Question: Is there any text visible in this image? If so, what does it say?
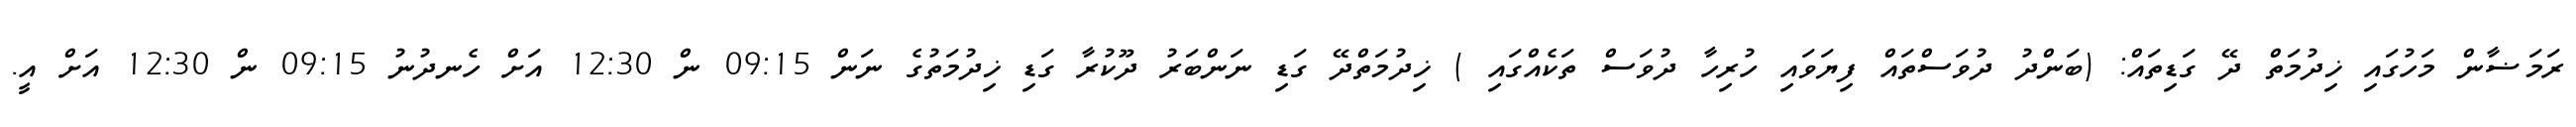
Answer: ރަމަޟާން މަހުގައި ޚިދުމަތް ދޭ ގަޑިތައް: (ބަންދު ދުވަސްތައް ފިޔަވައި ހުރިހާ ދުވަސް ތަކެއްގައި ) ޚިދުމަތްދޭ ގަޑި ނަންބަރު ދޫކުރާ ގަޑި ޚިދުމަތުގެ ނަން 09:15 ން 12:30 އަށް ހެނދުނު 09:15 ން 12:30 އަށް އީ.